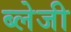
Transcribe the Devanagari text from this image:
ब्लेजी